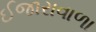
ઈજારાવાળા